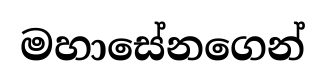
මහාසේනගෙන්